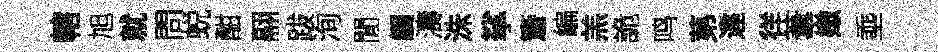
轄旭就問蜕酣翮跋洵閒觸濤洙挲簷編羔詭鸣苐違徉葦嫩埀